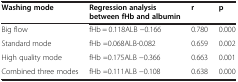
<table><thead><tr><td><b>Washing mode</b></td><td><b>Regression analysis between fHb and albumin</b></td><td><b>r</b></td><td><b>p</b></td></tr></thead><tbody><tr><td>Big flow</td><td>fHb = 0.118ALB -0.166</td><td>0.780</td><td>0.000</td></tr><tr><td>Standard mode</td><td>fHb =0.068ALB-0.082</td><td>0.659</td><td>0.002</td></tr><tr><td>High quality mode</td><td>fHb =0.175ALB -0.366</td><td>0.663</td><td>0.001</td></tr><tr><td>Combined three modes</td><td>fHb =0.111ALB -0.108</td><td>0.638</td><td>0.000</td></tr></tbody></table>